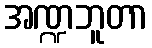
အဏ္ဍဘူတာ